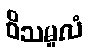
ဝိသမူလံ